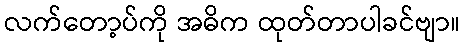
လက်တော့ပ်ကို အဓိက ထုတ်တာပါခင်ဗျာ။